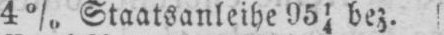
4% Staatsanleihe 9514 bez.